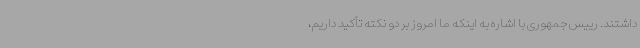
داشتند. رییس جمهوری با اشاره به اینکه ما امروز بر دو نکته تأکید داریم،